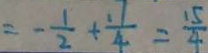
= - \frac { 1 } { 2 } + \frac { 1 7 } { 4 } = \frac { 1 5 } { 4 }